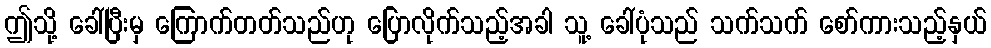
ဤသို့ ခေါ်ပြီးမှ ကြောက်တတ်သည်ဟု ပြောလိုက်သည့်အခါ သူ့ ခေါ်ပုံသည် သက်သက် စော်ကားသည့်နှယ်